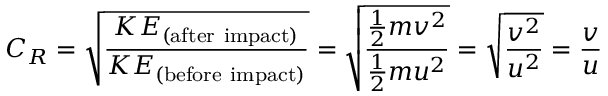
C _ { R } = { \sqrt { \frac { K E _ { \mathrm { ( a f t e r ~ i m p a c t ) } } } { K E _ { \mathrm { ( b e f o r e ~ i m p a c t ) } } } } } = { \sqrt { \frac { { \frac { 1 } { 2 } } m v ^ { 2 } } { { \frac { 1 } { 2 } } m u ^ { 2 } } } } = { \sqrt { \frac { v ^ { 2 } } { u ^ { 2 } } } } = { \frac { v } { u } }